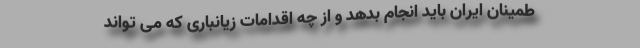
طمینان ایران باید انجام بدهد و از چه اقدامات زیانباری که می تواند